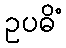
ဥပဓိံ